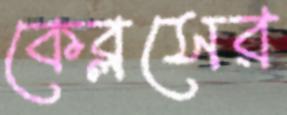
কেব্লসের